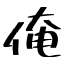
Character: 俺